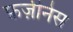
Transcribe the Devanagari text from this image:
फ़ज़ीनेस